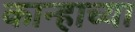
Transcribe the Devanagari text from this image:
कान्हाच्या